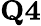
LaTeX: \textbf{Q4}